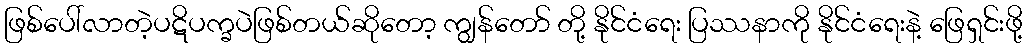
ဖြစ်ပေါ်လာတဲ့ပဋိပက္ခပဲဖြစ်တယ်ဆိုတော့ ကျွန်တော် တို့ နိုင်ငံရေး ပြဿနာကို နိုင်ငံရေးနဲ့ ဖြေရှင်းဖို့